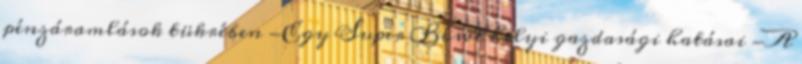
pénzáramlások tükrében -Egy Super Bowl helyi gazdasági hatásai -A